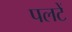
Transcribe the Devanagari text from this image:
पलटें